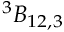
{ ^ 3 { \cal B } _ { 1 2 , 3 } }